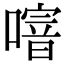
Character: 𠽨